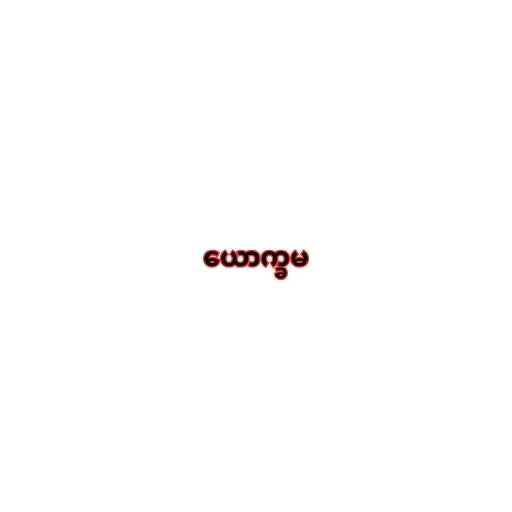
ယောက္ခမ